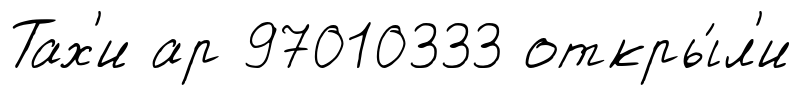
Тах'и ар 97010333 откры́л'и